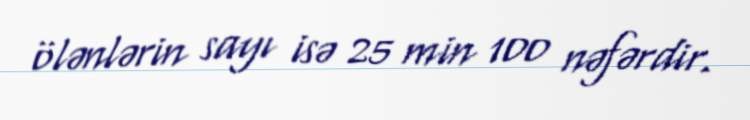
ölənlərin sayı isə 25 min 100 nəfərdir.